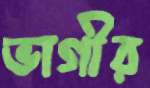
ভাগীর